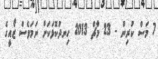
7 މަސް ކުރިން - 23 މާޗް 2013 ހިނދުކޮޅަކަށް ނަމަވެސް ޒޯއީގެ